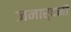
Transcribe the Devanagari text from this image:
जनार्दनीं